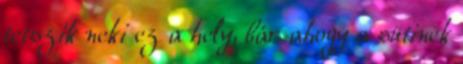
tetszik neki ez a hely, bár ahogy a sütinek